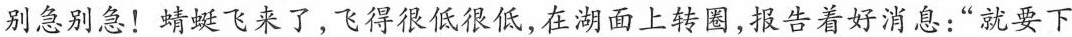
别急别急！蜻蜓飞来了，飞得很低很低，在湖面上转圈，报告着好消息：“就要下